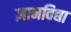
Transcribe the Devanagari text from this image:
ज्ञानविद्या